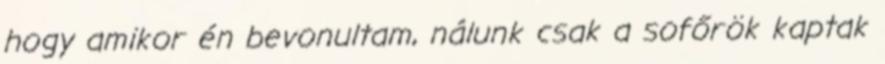
hogy amikor én bevonultam, nálunk csak a sofőrök kaptak